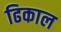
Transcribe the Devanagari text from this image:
ढिकाल